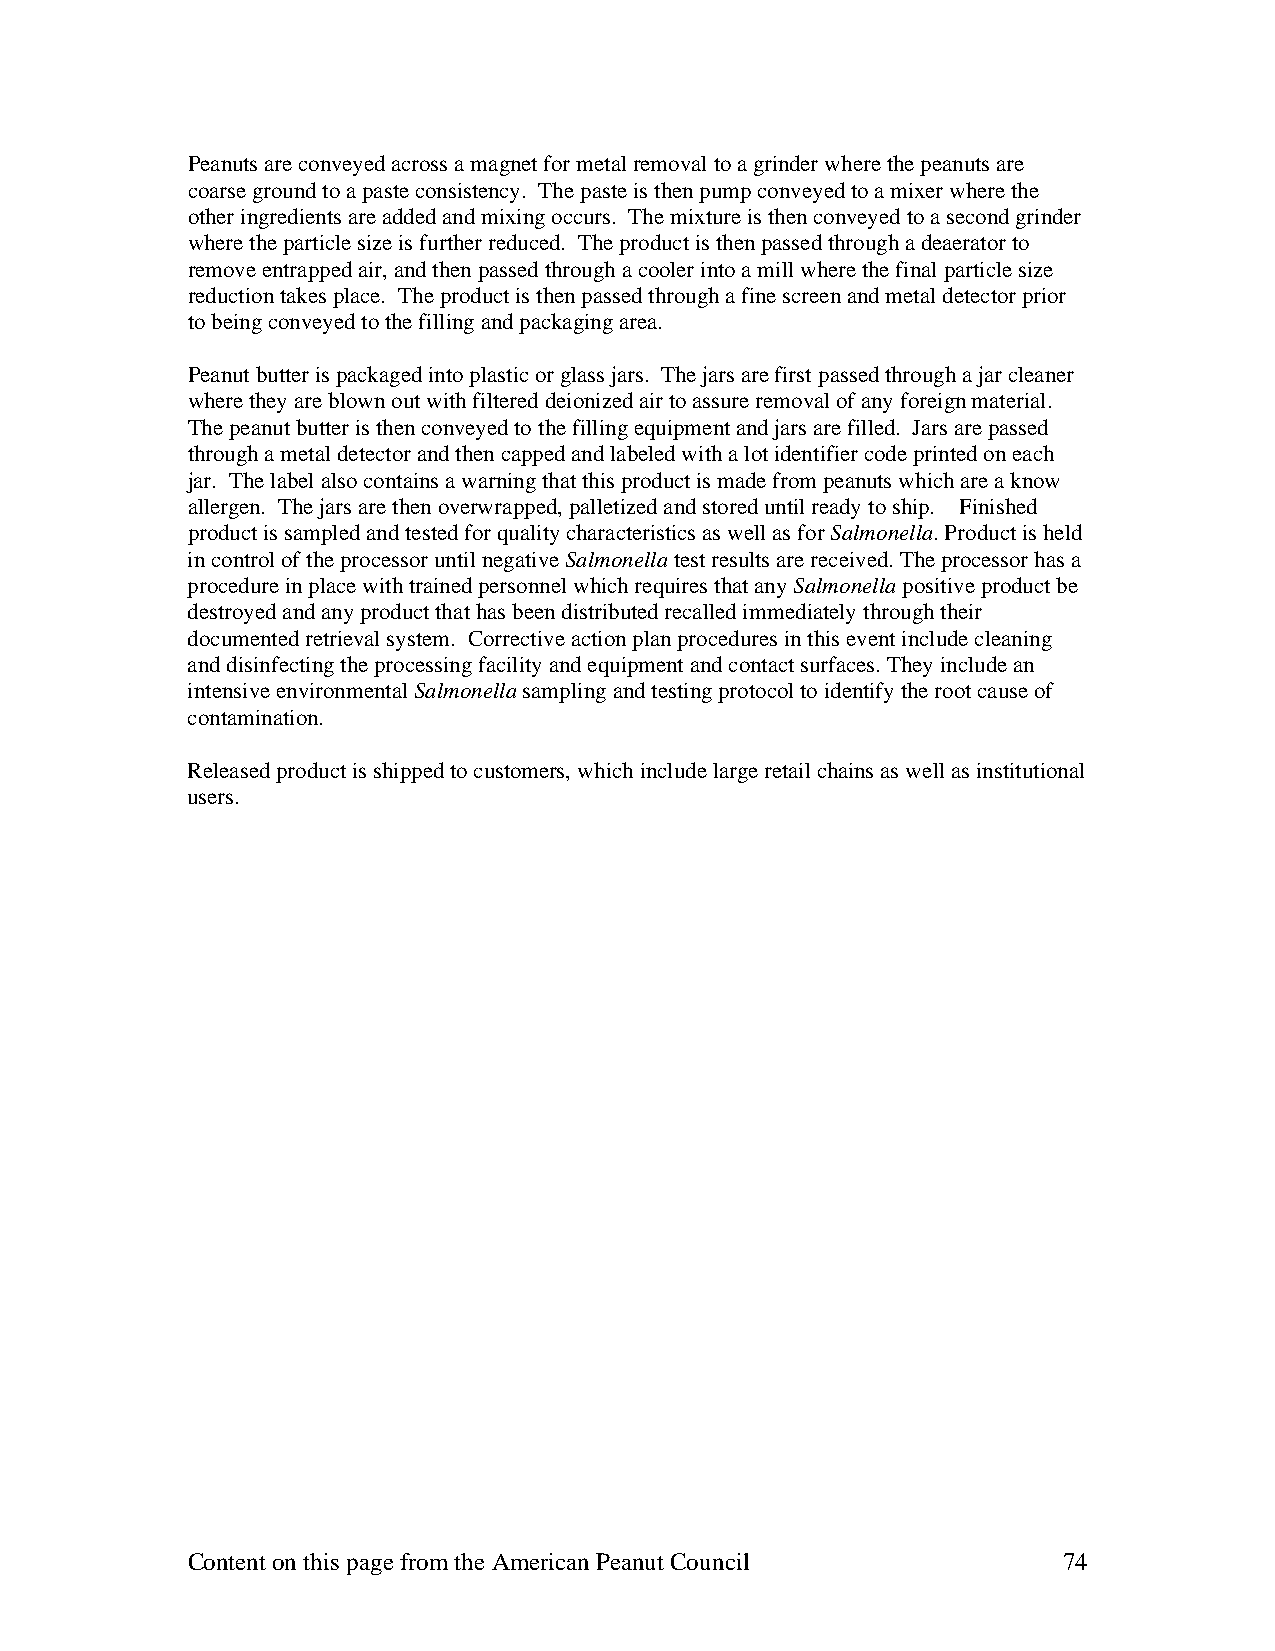
Peanuts are conveyed across a magnet for metal removal to a grinder where the peanuts are
 coarse ground to a paste consistency. The paste is then pump conveyed to a mixer where the
 other ingredients are added and mixing occurs. The mixture is then conveyed to a second grinder
 where the particle size is further reduced. The product is then passed through a deaerator to
 remove entrapped air, and then passed through a cooler into a mill where the final particle size
 reduction takes place. The product is then passed through a fine screen and metal detector prior
 to being conveyed to the filling and packaging area.
 Peanut butter is packaged into plastic or glass jars. The jars are first passed through a jar cleaner
 where they are blown out with filtered deionized air to assure removal of any foreign material.
 The peanut butter is then conveyed to the filling equipment and jars are filled. Jars are passed
 through a metal detector and then capped and labeled with a lot identifier code printed on each
 jar. The label also contains a warning that this product is made from peanuts which are a know
 allergen. The jars are then overwrapped, palletized and stored until ready to ship. Finished
 product is sampled and tested for quality characteristics as well as for Salmonella. Product is held
 in control of the processor until negative Salmonella test results are received. The processor has a
 procedure in place with trained personnel which requires that any Salmonella positive product be
 destroyed and any product that has been distributed recalled immediately through their
 documented retrieval system. Corrective action plan procedures in this event include cleaning
 and disinfecting the processing facility and equipment and contact surfaces. They include an
 intensive environmental Salmonella sampling and testing protocol to identify the root cause of
 contamination.
 Released product is shipped to customers, which include large retail chains as well as institutional
 users.
 Content on this page from the American Peanut Council     74